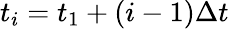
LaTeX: t_{i}=t_{1}+(i-1)\Delta t